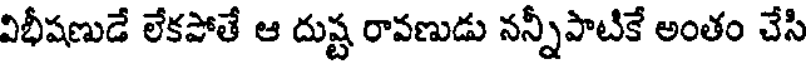
విభీషణుడే లేకపోతే ఆ దుష్ట రావణుడు నన్నీపాటికే అంతం చేసి